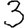
Digit: 3